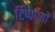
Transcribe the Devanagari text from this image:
टिप्पण्यों